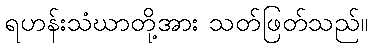
ရဟန်းသံဃာတို့အား သတ်ဖြတ်သည်။